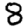
Digit: 8